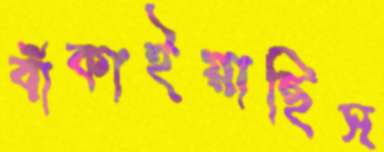
বাঁকাইয়াছিস